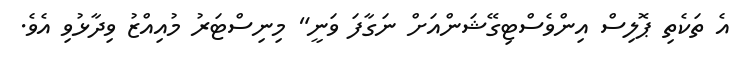
އެ ތަކެތި ޕޮލިސް އިންވެސްޓިގޭޝަންއަށް ނަގާފަ ވަނީ" މިނިސްޓަރު މުއިއްޒު ވިދާޅުވި އެވެ.